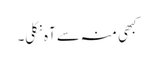
کبھی منہ سے آہ نکلی۔